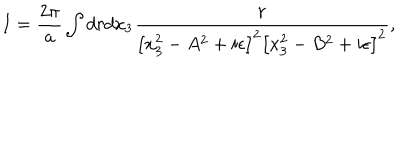
I = { \frac { 2 \pi } { a } } \int { d r d x _ { 3 } { \frac { r } { \left[ x _ { 3 } ^ { 2 } - A ^ { 2 } + i \epsilon \right] ^ { 2 } \left[ x _ { 3 } ^ { 2 } - B ^ { 2 } + i \epsilon \right] ^ { 2 } } } } ,